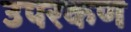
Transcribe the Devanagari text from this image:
उपरकण